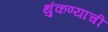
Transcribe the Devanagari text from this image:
थुंकण्याची